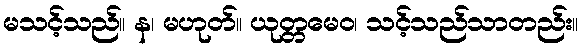
မသင့်သည်။ န၊ မဟုတ်။ ယုတ္တမေဝ၊ သင့်သည်သာတည်း။